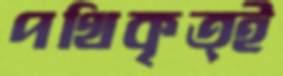
পথিকৃত্ই